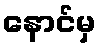
နောင်မှ